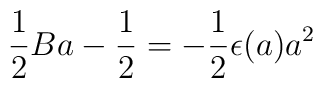
{1\over 2} Ba - {1\over 2} =- {1\over 2}\epsilon(a) a^2